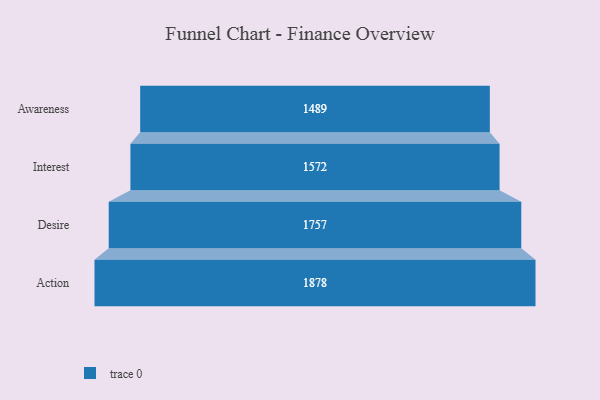
{"axis": {"x": "Stage", "y": "Value"}, "legend": [""], "data": [{"x": "Awareness", "y": 1489.0, "type": ""}, {"x": "Interest", "y": 1572.0, "type": ""}, {"x": "Desire", "y": 1757.0, "type": ""}, {"x": "Action", "y": 1878.0, "type": ""}]}